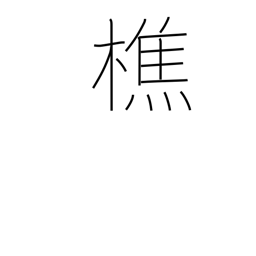
Meaning: lumberjack